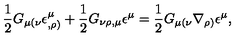
\frac { 1 } { 2 } G _ { \mu ( \nu } \epsilon _ { , \rho ) } ^ { \mu } + \frac { 1 } { 2 } G _ { \nu \rho , \mu } \epsilon ^ { \mu } = \frac { 1 } { 2 } G _ { \mu ( \nu } \nabla _ { \rho ) } \epsilon ^ { \mu } ,